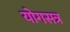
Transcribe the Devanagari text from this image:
योगसत्र